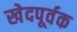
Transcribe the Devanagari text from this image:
खेदपूर्वक